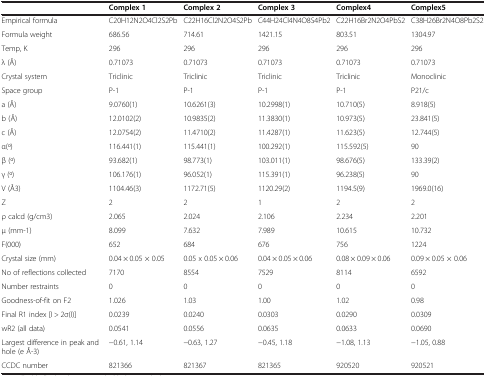
<table><thead><tr><td><b> </b></td><td><b>Complex 1</b></td><td><b>Complex 2</b></td><td><b>Complex 3</b></td><td><b>Complex4</b></td><td><b>Complex5</b></td></tr></thead><tbody><tr><td>Empirical formula</td><td>C20H12N2O4Cl2S2Pb</td><td>C22H16Cl2N2O4S2Pb</td><td>C44H24Cl4N4O8S4Pb2</td><td>C22H16Br2N2O4PbS2</td><td>C38H26Br2N4O8Pb2S2</td></tr><tr><td>Formula weight</td><td>686.56</td><td>714.61</td><td>1421.15</td><td>803.51</td><td>1304.97</td></tr><tr><td>Temp, K</td><td>296</td><td>296</td><td>296</td><td>296</td><td>296</td></tr><tr><td>λ (Å)</td><td>0.71073</td><td>0.71073</td><td>0.71073</td><td>0.71073</td><td>0.71073</td></tr><tr><td>Crystal system</td><td>Triclinic</td><td>Triclinic</td><td>Triclinic</td><td>Triclinic</td><td>Monoclinic</td></tr><tr><td>Space group</td><td>P-1</td><td>P-1</td><td>P-1</td><td>P-1</td><td>P21/c</td></tr><tr><td>a (Å)</td><td>9.0760(1)</td><td>10.6261(3)</td><td>10.2998(1)</td><td>10.710(5)</td><td>8.918(5)</td></tr><tr><td>b (Å)</td><td>12.0102(2)</td><td>10.9835(2)</td><td>11.3830(1)</td><td>10.973(5)</td><td>23.841(5)</td></tr><tr><td>c (Å)</td><td>12.0754(2)</td><td>11.4710(2)</td><td>11.4287(1)</td><td>11.623(5)</td><td>12.744(5)</td></tr><tr><td>α(o)</td><td>116.441(1)</td><td>115.441(1)</td><td>100.292(1)</td><td>115.592(5)</td><td>90</td></tr><tr><td>β (o)</td><td>93.682(1)</td><td>98.773(1)</td><td>103.011(1)</td><td>98.676(5)</td><td>133.39(2)</td></tr><tr><td>γ (o)</td><td>106.176(1)</td><td>96.052(1)</td><td>115.391(1)</td><td>96.238(5)</td><td>90</td></tr><tr><td>V (Å3)</td><td>1104.46(3)</td><td>1172.71(5)</td><td>1120.29(2)</td><td>1194.5(9)</td><td>1969.0(16)</td></tr><tr><td>Z</td><td>2</td><td>2</td><td>1</td><td>2</td><td>2</td></tr><tr><td>ρ calcd (g/cm3)</td><td>2.065</td><td>2.024</td><td>2.106</td><td>2.234</td><td>2.201</td></tr><tr><td>μ (mm-1)</td><td>8.099</td><td>7.632</td><td>7.989</td><td>10.615</td><td>10.732</td></tr><tr><td>F(000)</td><td>652</td><td>684</td><td>676</td><td>756</td><td>1224</td></tr><tr><td>Crystal size (mm)</td><td>0.04 × 0.05 × 0.05</td><td>0.05 x 0.05 × 0.06</td><td>0.04 × 0.05 × 0.06</td><td>0.08 × 0.09 × 0.06</td><td>0.09 × 0.05 × 0.06</td></tr><tr><td>No of reflections collected</td><td>7170</td><td>8554</td><td>7529</td><td>8114</td><td>6592</td></tr><tr><td>Number restraints</td><td>0</td><td>0</td><td>0</td><td>0</td><td>0</td></tr><tr><td>Goodness-of-fit on F2</td><td>1.026</td><td>1.03</td><td>1.00</td><td>1.02</td><td>0.98</td></tr><tr><td>Final R1 index [I &gt; 2σ(I)]</td><td>0.0239</td><td>0.0240</td><td>0.0303</td><td>0.0290</td><td>0.0309</td></tr><tr><td>wR2 (all data)</td><td>0.0541</td><td>0.0556</td><td>0.0635</td><td>0.0633</td><td>0.0690</td></tr><tr><td>Largest difference in peak and hole (e Å-3)</td><td>−0.61, 1.14</td><td>−0.63, 1.27</td><td>−0.45, 1.18</td><td>−1.08, 1.13</td><td>−1.05, 0.88</td></tr><tr><td>CCDC number</td><td>821366</td><td>821367</td><td>821365</td><td>920520</td><td>920521</td></tr></tbody></table>